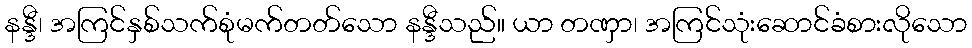
နန္ဒီ၊ အကြင်နှစ်သက်စုံမက်တတ်သော နန္ဒီသည်။ ယာ တဏှာ၊ အကြင်သုံးဆောင်ခံစားလိုသော